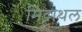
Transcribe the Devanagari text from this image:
मिट्टाथल